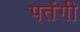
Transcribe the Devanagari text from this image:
पतंगी